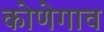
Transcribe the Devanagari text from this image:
कोणेगाव